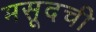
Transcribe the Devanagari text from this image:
मसूदची